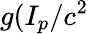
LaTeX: g(I_{p}/c^{2}